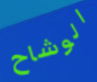
الوشاح